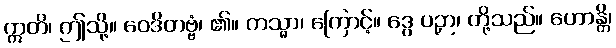
ဣတိ၊ ဤသို့။ ဝေဒိတဗ္ဗံ၊ ၏။ ကသ္မာ၊ ကြောင့်။ ဒွေ ပဉှာ၊ တို့သည်။ ဟောန္တိ၊